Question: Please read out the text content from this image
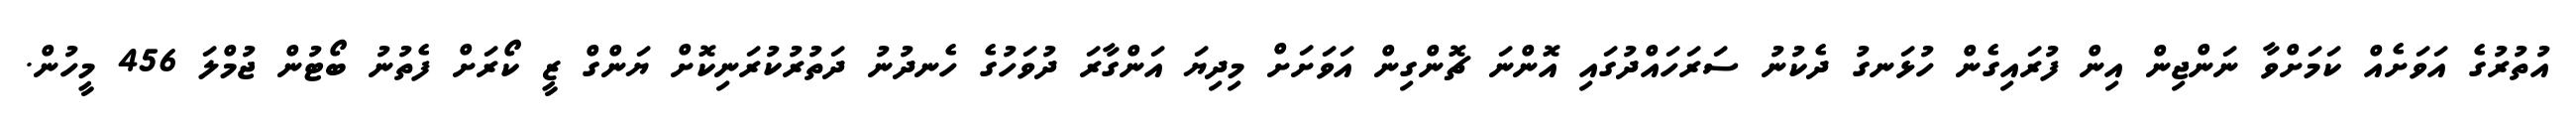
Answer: އުތުރުގެ އަވަށެއް ކަމަށްވާ ނަންޖިން އިން ފުރައިގެން ހުޅަނގު ދެކުނު ސަރަހައްދުގައި އޮންނަ ޗޮންގިން އަވަށަށް މިދިޔަ އަންގާރަ ދުވަހުގެ ހެނދުނު ދަތުރުކުރަނިކޮށް ޔަންގް ޒީ ކޯރަށް ފެތުނު ބޯޓުން ޖުމްލަ 456 މީހުން.